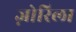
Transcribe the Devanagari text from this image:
ज़ोरिला